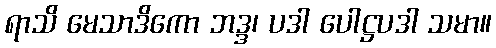
ရာသိ မေသာဒိကော ဘဒ္ဒ၊ ပဒါ ပေါဋ္ဌပဒါ သမာ။